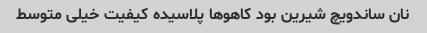
نان ساندویچ شیرین بود کاهوها پلاسیده کیفیت خیلی متوسط